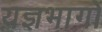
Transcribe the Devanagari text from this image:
यज्ञभागों